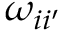
\omega _ { i i ^ { \prime } }